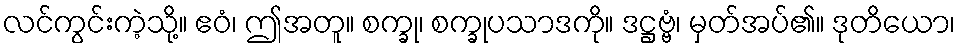
လင်ကွင်းကဲ့သို့။ ဧဝံ၊ ဤအတူ။ စက္ခု၊ စက္ခုပသာဒကို။ ဒဋ္ဌဗ္ဗံ၊ မှတ်အပ်၏။ ဒုတိယော၊